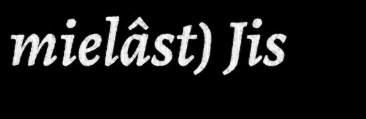
mielâst) Jis